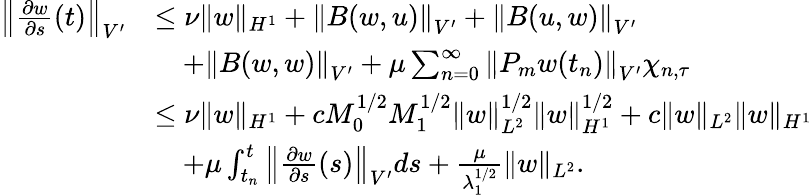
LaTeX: \begin{array}{rl}{\left\| \frac{\partial w}{\partial s}(t)\right\| _{V^{\prime}}}&{\leq\nu\| w\| _{H^{1}}+\left\| B(w,u)\right\| _{V^{\prime}}+\left\| B(u,w)\right\| _{V^{\prime}}}\\ &{\quad+\left\| B(w,w)\right\| _{V^{\prime}}+\mu\sum_{n=0}^{\infty}\left\| P_{m}w(t_{n})\right\| _{V^{\prime}}\chi_{n,\tau}}\\ &{\leq\nu\| w\| _{H^{1}}+cM_{0}^{1/2}M_{1}^{1/2}\| w\| _{L^{2}}^{1/2}\| w\| _{H^{1}}^{1/2}+c\| w\| _{L^{2}}\| w\| _{H^{1}}}\\ &{\quad+\mu\int_{t_{n}}^{t}\left\| \frac{\partial w}{\partial s}(s)\right\| _{V^{\prime}}ds+\frac{\mu}{\lambda_{1}^{1/2}}\| w\| _{L^{2}}.}\end{array}